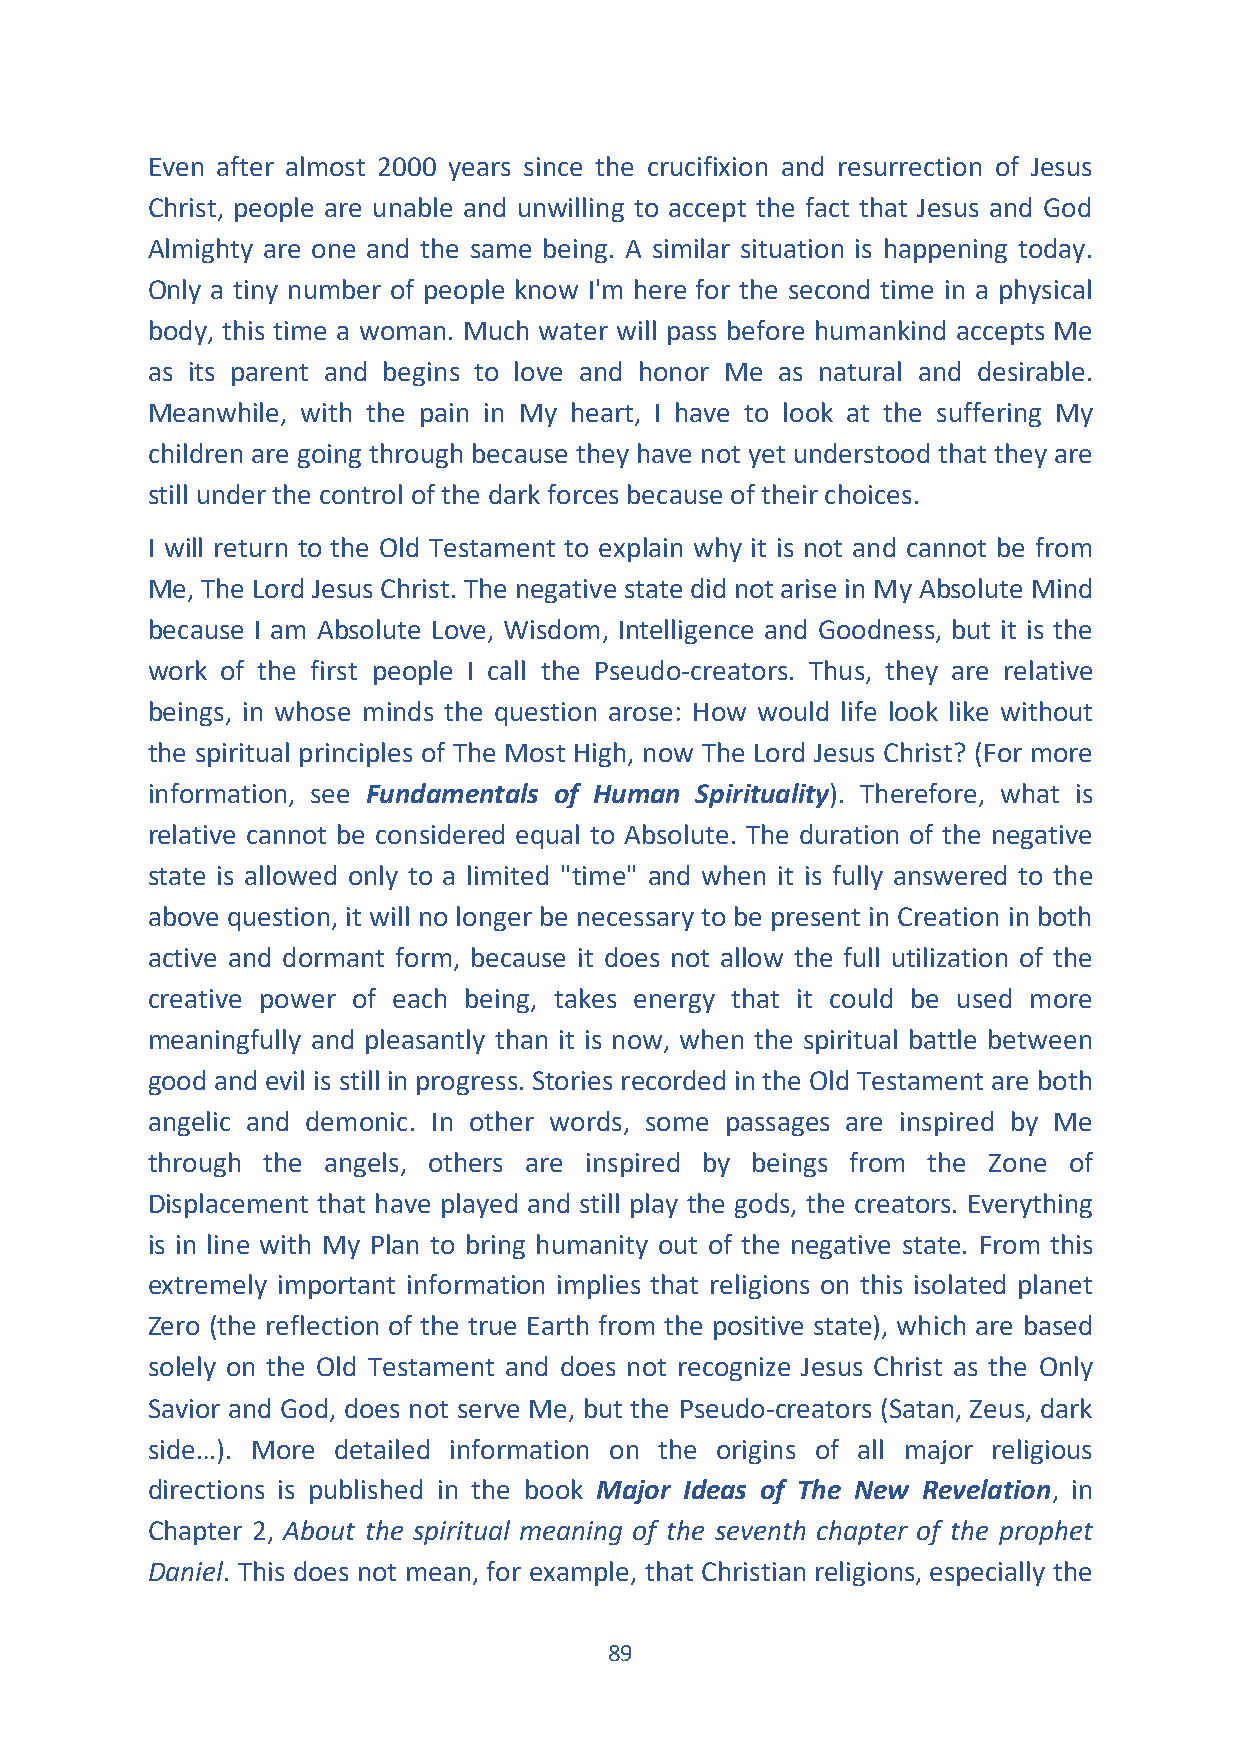
Even after almost 2000 years since the crucifixion and resurrection of Jesus
 Christ, people are unable and unwilling to accept the fact that Jesus and God
 Almighty are one and the same being. A similar situation is happening today.
 Only a tiny number of people know I'm here for the second time in a physical
 body, this time a woman. Much water will pass before humankind accepts Me
 as its parent and begins to love and honor Me as natural and desirable.
 Meanwhile, with the pain in My heart, I have to look at the suffering My
 children are going through because they have not yet understood that they are
 still under the control of the dark forces because of their choices.
 I will return to the Old Testament to explain why it is not and cannot be from
 Me, The Lord Jesus Christ. The negative state did not arise in My Absolute Mind
 because I am Absolute Love, Wisdom, Intelligence and Goodness, but it is the
 work of the first people I call the Pseudo-creators. Thus, they are relative
 beings, in whose minds the question arose: How would life look like without
 the spiritual principles of The Most High, now The Lord Jesus Christ? (For more
 information, see Fundamentals of Human Spirituality). Therefore, what is
 relative cannot be considered equal to Absolute. The duration of the negative
 state is allowed only to a limited "time" and when it is fully answered to the
 above question, it will no longer be necessary to be present in Creation in both
 active and dormant form, because it does not allow the full utilization of the
 creative power of each being, takes energy that it could be used more
 meaningfully and pleasantly than it is now, when the spiritual battle between
 good and evil is still in progress. Stories recorded in the Old Testament are both
 angelic and demonic. In other words, some passages are inspired by Me
 through the angels, others are inspired by beings from the Zone of
 Displacement that have played and still play the gods, the creators. Everything
 is in line with My Plan to bring humanity out of the negative state. From this
 extremely important information implies that religions on this isolated planet
 Zero (the reflection of the true Earth from the positive state), which are based
 solely on the Old Testament and does not recognize Jesus Christ as the Only
 Savior and God, does not serve Me, but the Pseudo-creators (Satan, Zeus, dark
 side…). More detailed information on the origins of all major religious
 directions is published in the book Major Ideas of The New Revelation, in
 Chapter 2, About the spiritual meaning of the seventh chapter of the prophet
 Daniel. This does not mean, for example, that Christian religions, especially the
 89